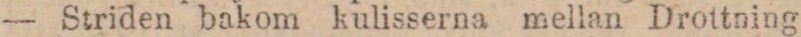
— Striden bakom kulisserna mellan Drottning